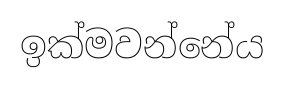
ඉක්මවන්නේය